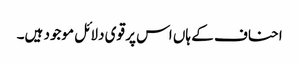
احناف کے ہاں اس پر قوی دلائل موجود ہیں۔